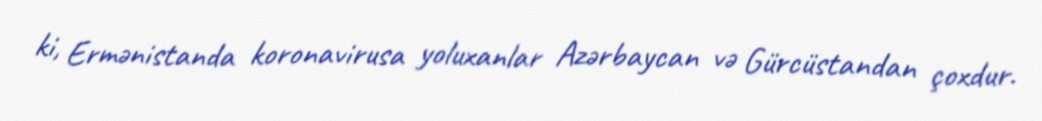
ki, Ermənistanda koronavirusa yoluxanlar Azərbaycan və Gürcüstandan çoxdur.